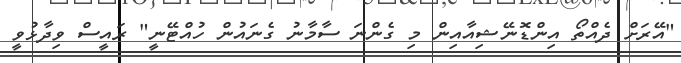
"އޭރަށް ދެއްތޯ އިންޑޮނޭޝިއާއިން މި ގެންނަ ސާމާނު ގެނައުން ހުއްޓޭނީ" ރައީސް ވިދާޅުވީ